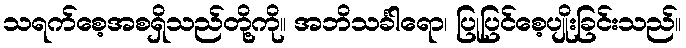
သရက်စေ့အစရှိသည်တို့ကို။ အဘိသင်္ခါရော၊ ပြုပြင်စေ့ပျိုးခြင်းသည်။